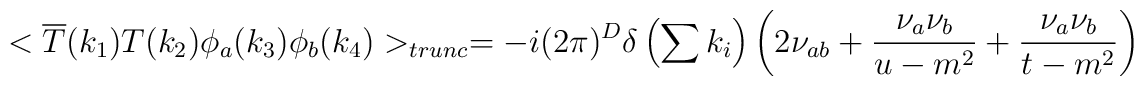
<\overline{T}(k_{1})T(k_{2})\phi _{a}(k_{3})\phi _{b}(k_{4})>_{trunc}=-i(2\pi )^{D}\delta \left( \sum k_{i}\right) \left( 2\nu _{ab}+\frac{\nu _{a}\nu _{b}}{u-m^{2}}+\frac{\nu _{a}\nu _{b}}{t-m^{2}}\right)